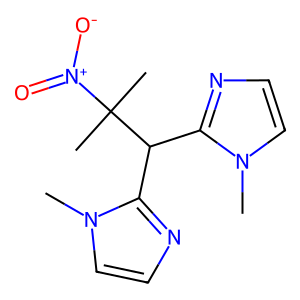
SMILES: Cn1ccnc1C(c1nccn1C)C(C)(C)[N+](=O)[O-]
Inhibits HIV replication: Yes